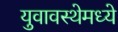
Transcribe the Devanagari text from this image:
युवावस्थेमध्ये